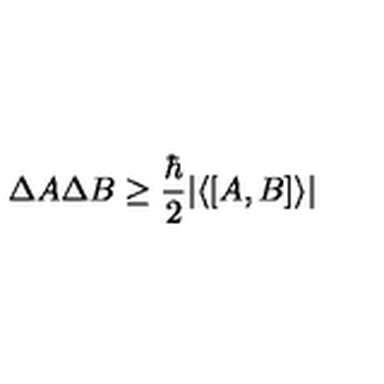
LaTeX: \Delta A \Delta B \ge \frac { \hbar } { 2 } \vert \langle [ A , B ] \rangle \vert